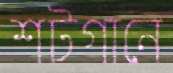
শটগানে